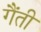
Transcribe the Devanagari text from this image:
गैंती